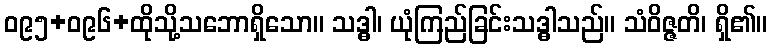
ဝ၉၅+ဝ၉၆+ထိုသို့သဘောရှိသော။ သဒ္ဓါ၊ ယုံကြည်ခြင်းသဒ္ဓါသည်။ သံဝိဇ္ဇတိ၊ ရှိ၏။